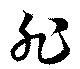
非